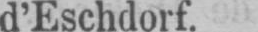
d’Eschdorf.